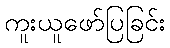
ကူးယူဖော်ပြခြင်း